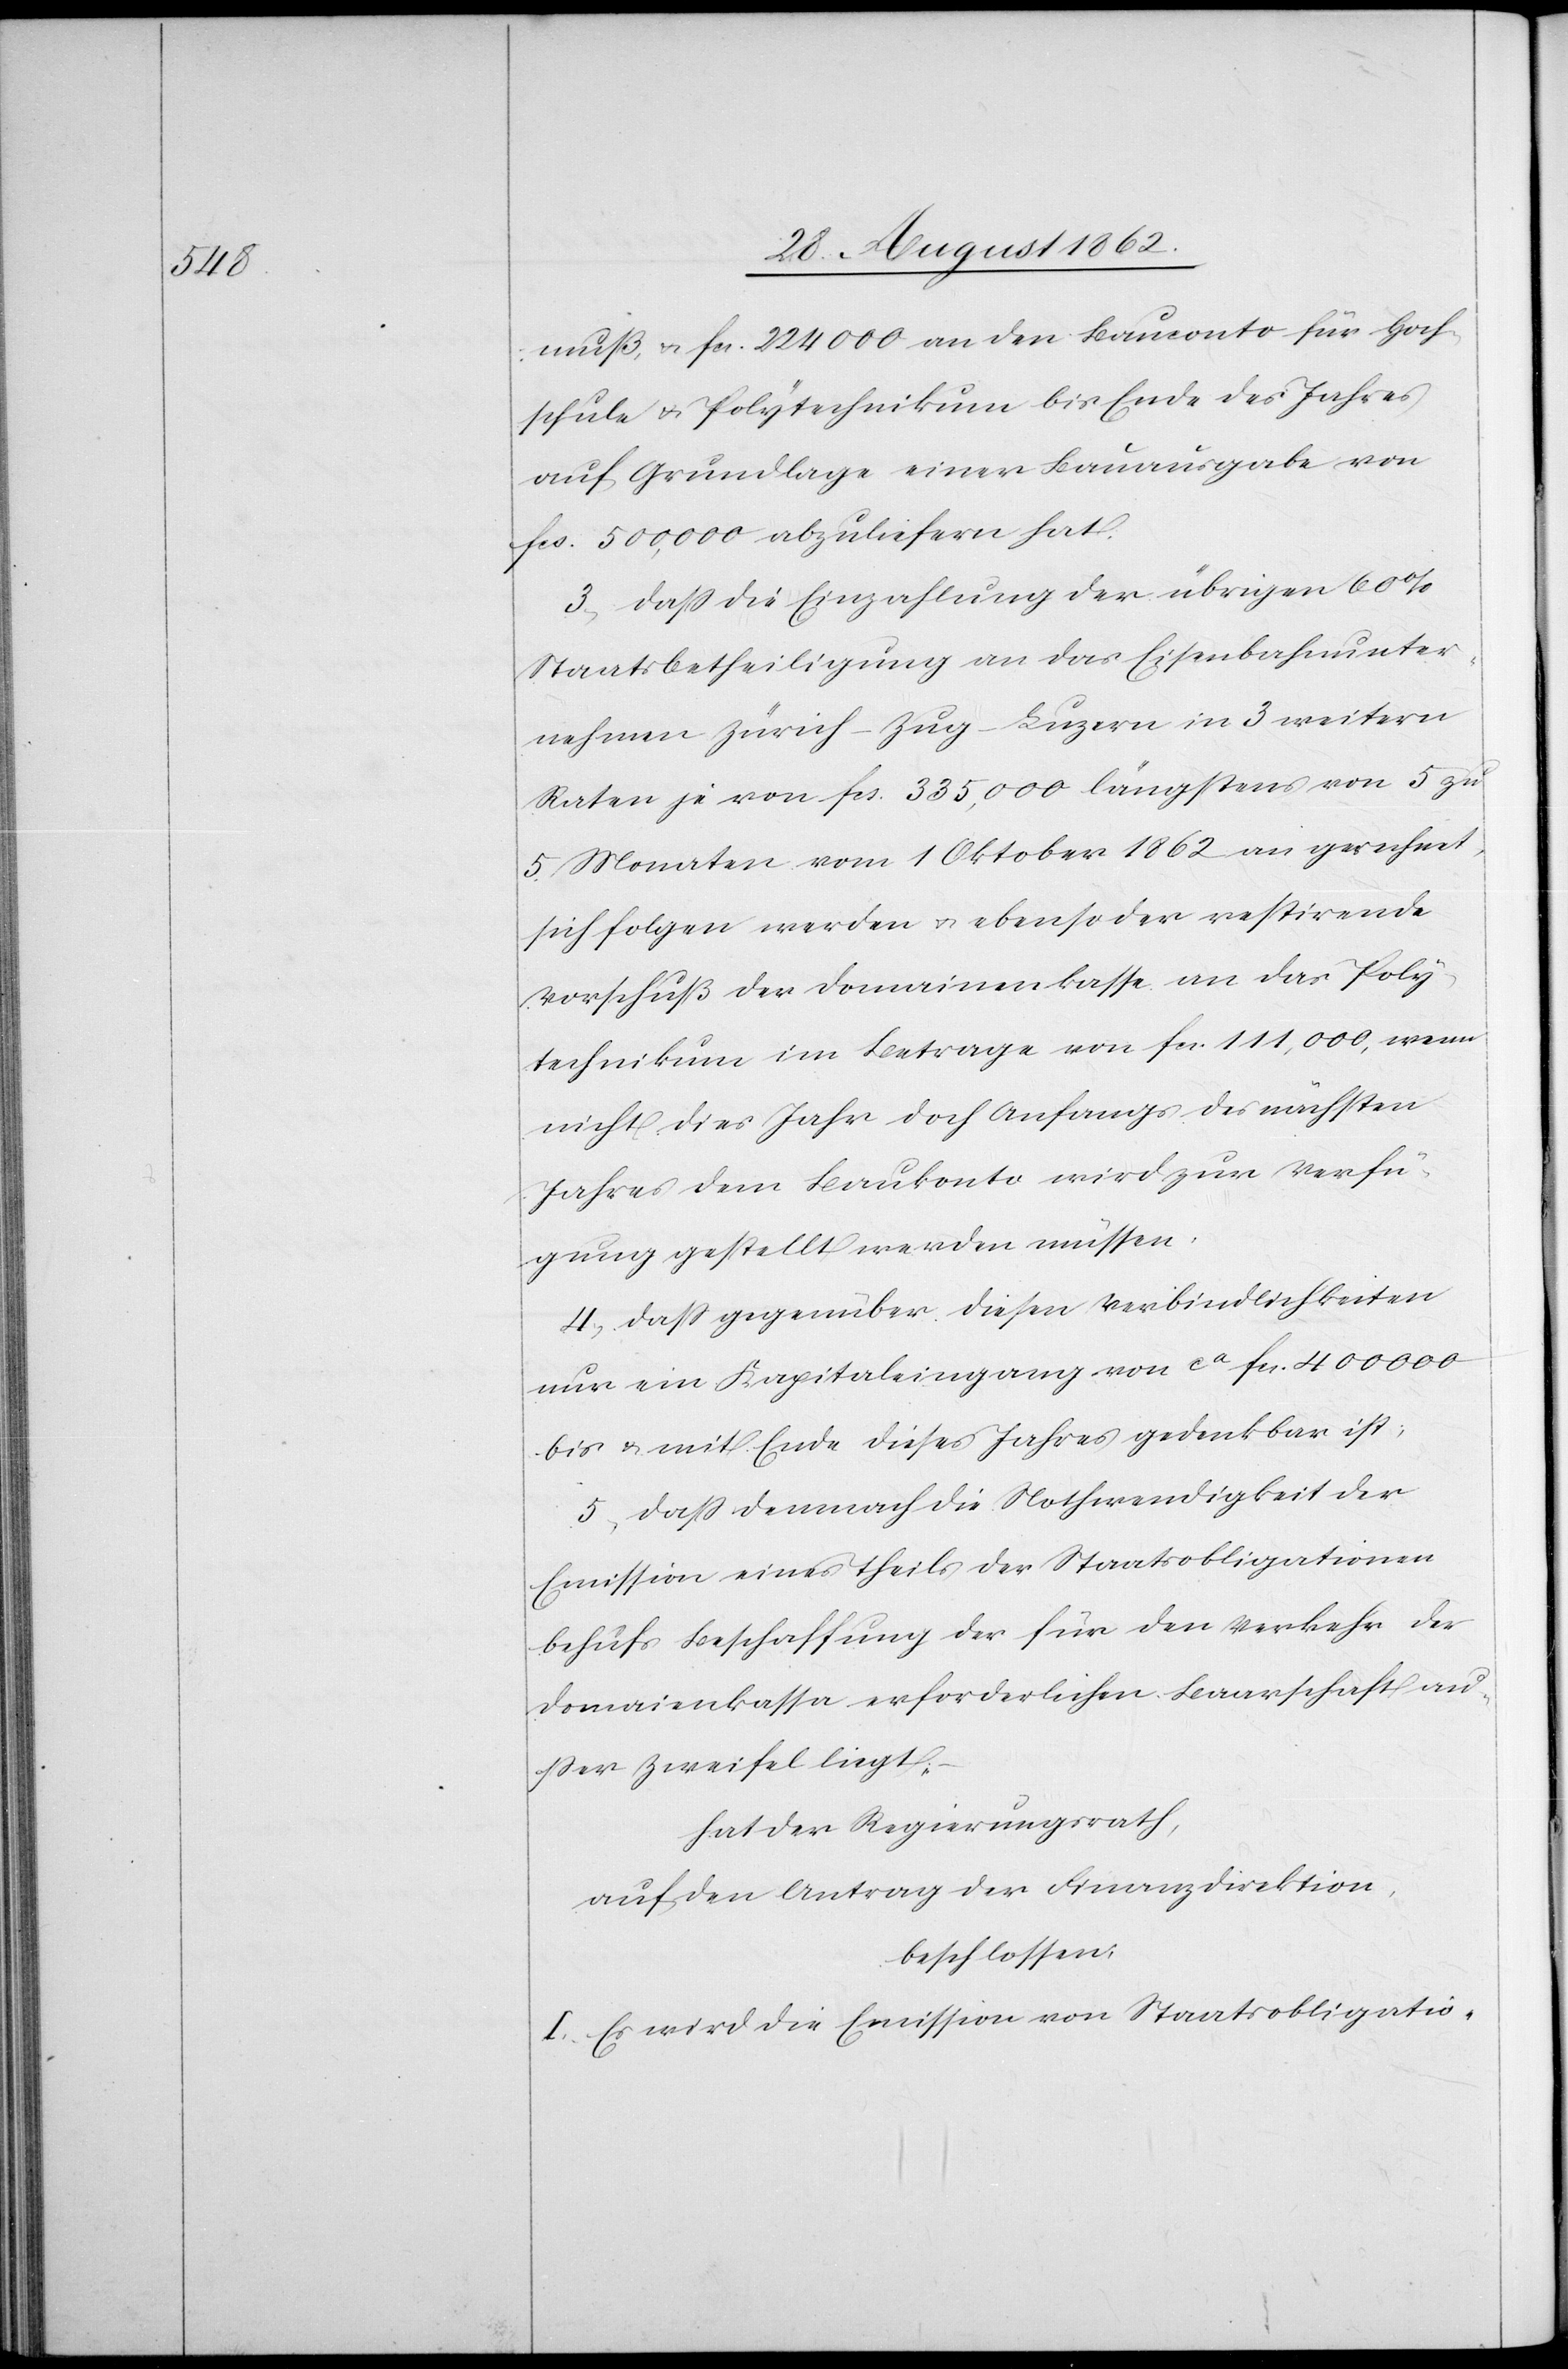
muß u. fcs. 224 000 an den Bauconto für Hoch¬
schule u. Polytechnikum bis Ende des Jahres
auf Grundlage einer Bauausgabe von
fcs. 500,000 abzuliefern hat.
3. daß die Einzahlung der übrigen 60%
Staatsbetheiligung an das Eisenbahnunter¬
nehmen Zürich–Zug–Luzern in 3 weitern
Raten je von fcs. 335,000 längstens von 5 zu
5 Monaten vom 1. Oktober 1862 an gerechnet,
sich folgen werden u. ebenso der restirende
Vorschuß der Domainenkasse an das Poly¬
technikum im Betrage von fcs. 111,000, wenn
nicht dies Jahr doch Anfangs des nächsten
Jahres dem Baukonto wird zur Verfü¬
gung gestellt werden müssen.
4. daß gegenüber diesen Verbindlichkeiten
nur ein Kapitaleingang von ca fcs. 400 000
bis u. mit Ende dieses Jahres gedenkbar ist.
5. daß demnach die Nothwendigkeit der
Emission eines Theils der Staatsobligationen
behufs Beschaffung der für den Verkehr der
Domainenkassa erforderlichen Baarschaft au¬
ßer Zweifel liegt.;
hat der Regierungsrath,
auf den Antrag der Finanzdirektion,
beschlossen:
I. Es wird die Emission von Staatsobligatio-